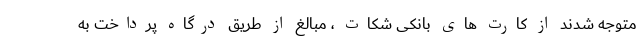
متوجه شدند از کارت های بانکی شکات ، مبالغ از طریق درگاه پرداخت به